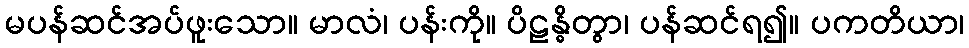
မပန်ဆင်အပ်ဖူးသော။ မာလံ၊ ပန်းကို။ ပိဠန္ဓိတွာ၊ ပန်ဆင်ရ၍။ ပကတိယာ၊